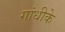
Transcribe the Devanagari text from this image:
गांधीके